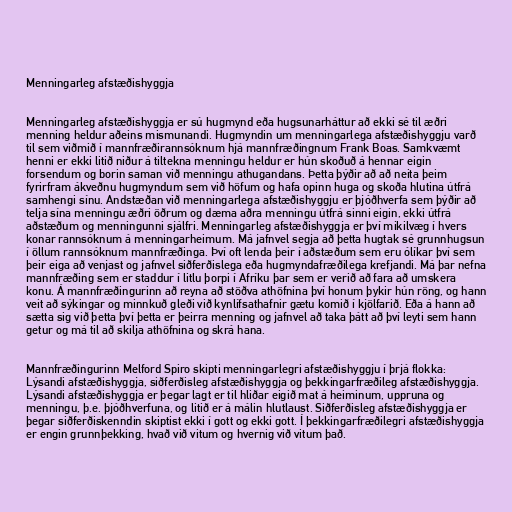
Menningarleg afstæðishyggja

Menningarleg afstæðishyggja er sú hugmynd eða hugsunarháttur að ekki sé til æðri
menning heldur aðeins mismunandi. Hugmyndin um menningarlega afstæðishyggju varð
til sem viðmið í mannfræðirannsóknum hjá mannfræðingnum Frank Boas. Samkvæmt
henni er ekki litið niður á tiltekna menningu heldur er hún skoðuð á hennar eigin
forsendum og borin saman við menningu athugandans. Þetta þýðir að að neita þeim
fyrirfram ákveðnu hugmyndum sem við höfum og hafa opinn huga og skoða hlutina útfrá
samhengi sínu. Andstæðan við menningarlega afstæðishyggju er þjóðhverfa sem þýðir að
telja sína menningu æðri öðrum og dæma aðra menningu útfrá sinni eigin, ekki útfrá
aðstæðum og menningunni sjálfri. Menningarleg afstæðishyggja er því mikilvæg í hvers
konar rannsóknum á menningarheimum. Má jafnvel segja að þetta hugtak sé grunnhugsun
í öllum rannsóknum mannfræðinga. Því oft lenda þeir í aðstæðum sem eru ólíkar því sem
þeir eiga að venjast og jafnvel siðferðislega eða hugmyndafræðilega krefjandi. Má þar nefna
mannfræðing sem er staddur í litlu þorpi í Afríku þar sem er verið að fara að umskera
konu. Á mannfræðingurinn að reyna að stöðva athöfnina því honum þykir hún röng, og hann
veit að sýkingar og minnkuð gleði við kynlífsathafnir gætu komið í kjölfarið. Eða á hann að
sætta sig við þetta því þetta er þeirra menning og jafnvel að taka þátt að því leyti sem hann
getur og má til að skilja athöfnina og skrá hana.

Mannfræðingurinn Melford Spiro skipti menningarlegri afstæðishyggju í þrjá flokka:
Lýsandi afstæðishyggja, siðferðisleg afstæðishyggja og þekkingarfræðileg afstæðishyggja.
Lýsandi afstæðishyggja er þegar lagt er til hliðar eigið mat á heiminum, uppruna og
menningu, þ.e. þjóðhverfuna, og litið er á málin hlutlaust. Siðferðisleg afstæðishyggja er
þegar siðferðiskenndin skiptist ekki í gott og ekki gott. Í þekkingarfræðilegri afstæðishyggja
er engin grunnþekking, hvað við vitum og hvernig við vitum það.